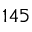
1 4 5